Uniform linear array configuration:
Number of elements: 8
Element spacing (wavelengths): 1
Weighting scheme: cosine
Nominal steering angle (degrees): -15
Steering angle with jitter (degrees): -14.2
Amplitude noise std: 0.05
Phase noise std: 0.05

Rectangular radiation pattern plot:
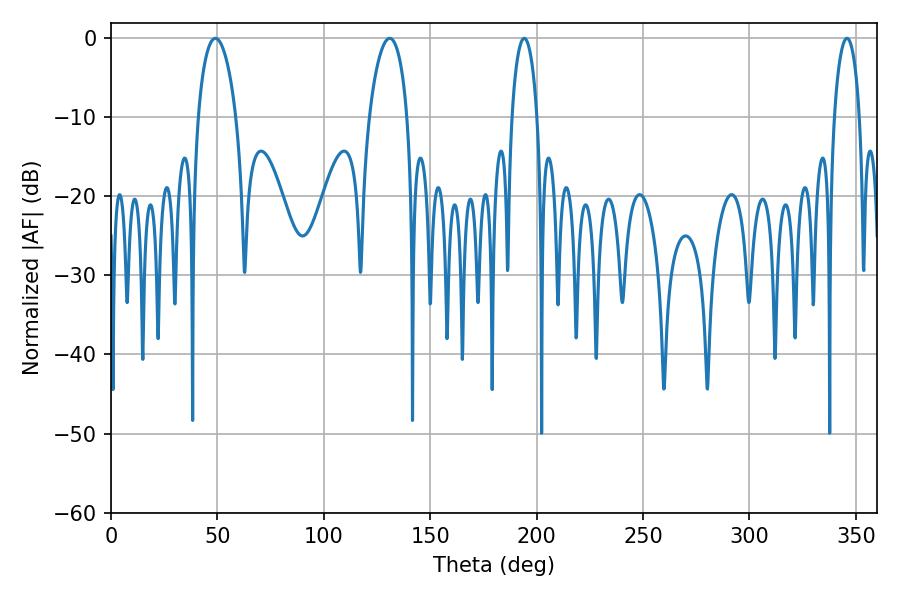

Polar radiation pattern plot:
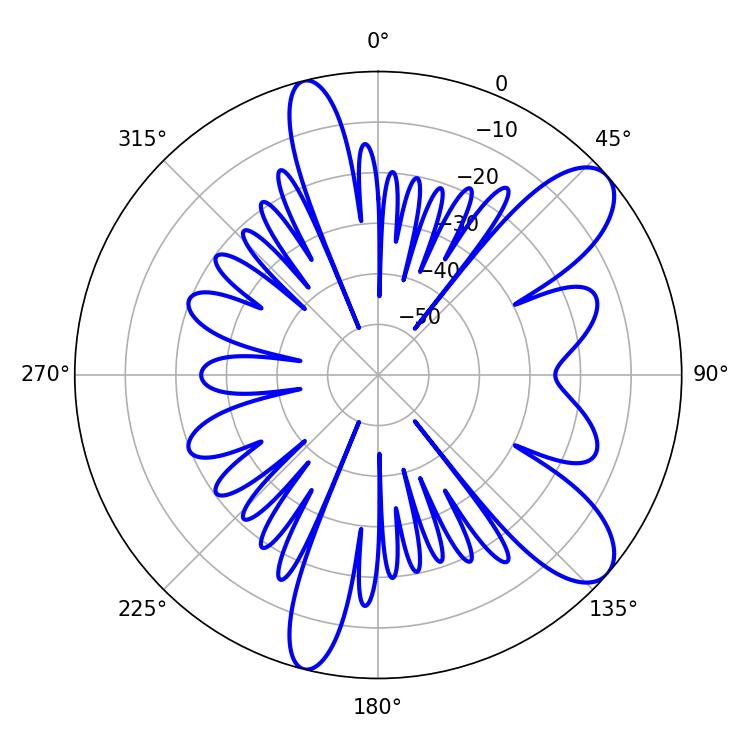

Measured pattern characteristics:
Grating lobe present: TRUE
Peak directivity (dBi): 9.381
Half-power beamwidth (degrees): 6.84
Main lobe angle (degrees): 345.78